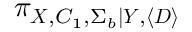
\pi _ { \boldsymbol { X } , C _ { 1 } , \Sigma _ { b } | \boldsymbol { Y } , \langle \boldsymbol { D } \rangle }